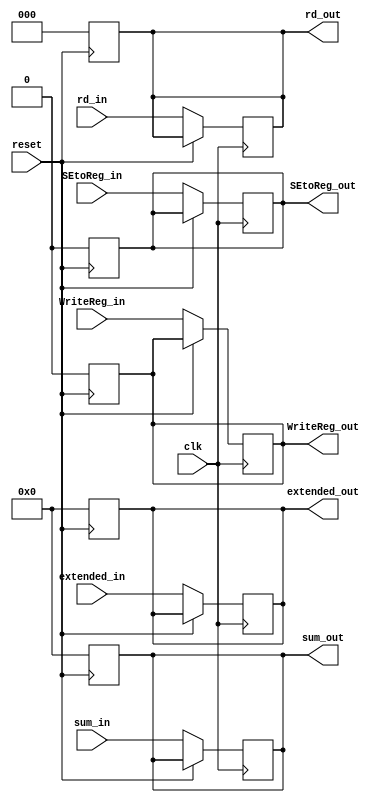
/* Author : Santosh Srivatsan	2017A8PS1924G */
/* EX/WB pipeline register */

module a2_EX_WB(
	input clk,
	input reset,

	input SEtoReg_in,
	input WriteReg_in,
	input [2:0] rd_in,
	input [7:0] sum_in,
	input [7:0] extended_in,

	output reg SEtoReg_out,
	output reg WriteReg_out,
	output reg [2:0] rd_out,
	output reg [7:0] sum_out,
	output reg [7:0] extended_out
	);

	always @(posedge reset)
	begin
		SEtoReg_out = 0;
		WriteReg_out = 0;
		rd_out = 0;
		sum_out = 0;
		extended_out = 0;
	end
	
	always @(posedge clk)
	begin
		if(!reset)
		begin
			SEtoReg_out = SEtoReg_in;
			WriteReg_out = WriteReg_in;
			rd_out = rd_in;
			sum_out = sum_in;
			extended_out = extended_in;
		end
	end
endmodule

/*******************************************************************************************************************************************************************/

/* Testbench */

module a2_tb_EX_WB;
	reg tb_clk;
	reg tb_reset;
 
	reg tb_SEtoReg_in;
	reg tb_WriteReg_in;
	reg [2:0] tb_rd_in;
	reg [7:0] tb_sum_in;
	reg [7:0] tb_extended_in;

	wire tb_SEtoReg_out;
	wire tb_WriteReg_out;
	wire [2:0] tb_rd_out;
	wire [7:0] tb_sum_out;
	wire [7:0] tb_extended_out;

	/* Instantiating the EX/WB module */
	a2_EX_WB EX_WB(.clk(tb_clk), .reset(tb_reset), .SEtoReg_in(tb_SEtoReg_in), .WriteReg_in(tb_WriteReg_in), .rd_in(tb_rd_in), .sum_in(tb_sum_in), .extended_in(tb_extended_in), 
.SEtoReg_out(tb_SEtoReg_out), .WriteReg_out(tb_WriteReg_out), .rd_out(tb_rd_out), .sum_out(tb_sum_out), .extended_out(tb_extended_out));

	initial #100 $finish;

	/* Clock generation */
	always
	begin
		tb_clk = 0;
		#5;
		tb_clk = 1;
		#5;
	end

	initial
	begin
		tb_SEtoReg_in = 1 ; tb_rd_in = 3'b000 ; tb_sum_in = 8'h10 ; tb_extended_in = 8'h20 ; tb_reset = 1'b0;
		#10 tb_SEtoReg_in = 0 ; tb_rd_in = 3'b001 ; tb_sum_in = 8'h30 ; tb_extended_in = 8'h40 ; tb_reset = 1'b1;
		#10 tb_SEtoReg_in = 1 ; tb_rd_in = 3'b010 ; tb_sum_in = 8'h50 ; tb_extended_in = 8'h60 ; tb_reset = 1'b0;
		
	end
endmodule

/*******************************************************************************************************************************************************************/